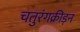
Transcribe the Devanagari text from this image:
चतुरंगक्रीड़न